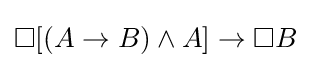
\Box [(A\to B)\land A]\to \Box B